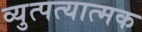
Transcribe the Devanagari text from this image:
व्युत्पत्यात्मक